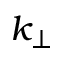
k _ { \perp }